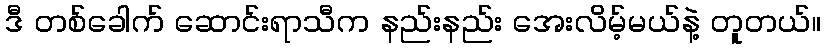
ဒီ တစ်ခေါက် ဆောင်းရာသီက နည်းနည်း အေးလိမ့်မယ်နဲ့ တူတယ်။